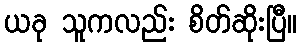
ယခု သူကလည်း စိတ်ဆိုးပြီ။